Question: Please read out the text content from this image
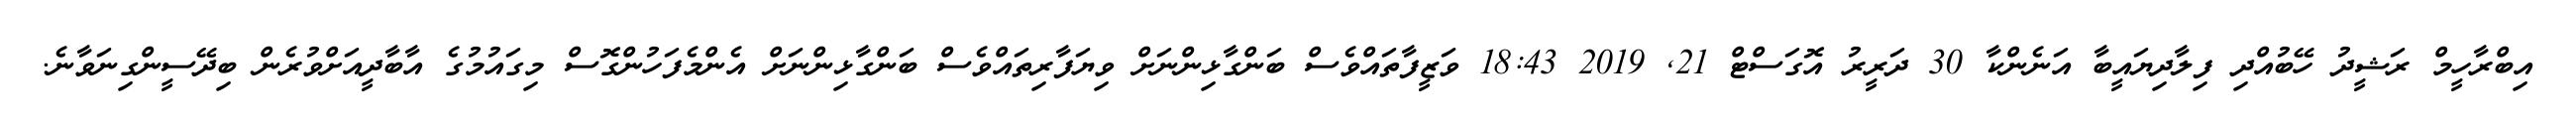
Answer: އިބްރާހީމް ރަޝީދު ހޭބުއްދި ފިލާދިޔައީބާ އަނެންކާ 30 ދަރީރު އޮގަސްޓް 21, 2019 18:43 ވަޒީފާތައްވެސް ބަންގާޅިންނަށް ވިޔަފާރިތައްވެސް ބަންގާޅިންނަށް އެންމެފަހުންގޮސް މިގައުމުގެ އާބާދީއަށްވުރެން ބިދޭސީންގިނަވާނެ.